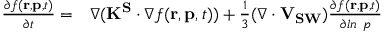
\begin{array} { r l } { \frac { \partial f ( \mathbf { r } , \mathbf { p } , t ) } { \partial t } = } & { { } \nabla ( \mathbf { K ^ { S } } \cdot \nabla f ( \mathbf { r } , \mathbf { p } , t ) ) + \frac { 1 } { 3 } ( \nabla \cdot \mathbf { V _ { S W } } ) \frac { \partial f ( \mathbf { r } , \mathbf { p } , t ) } { \partial l n ~ p } } \end{array}